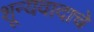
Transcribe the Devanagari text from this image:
शून्यवादाचे